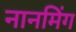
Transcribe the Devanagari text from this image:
नानमिंग